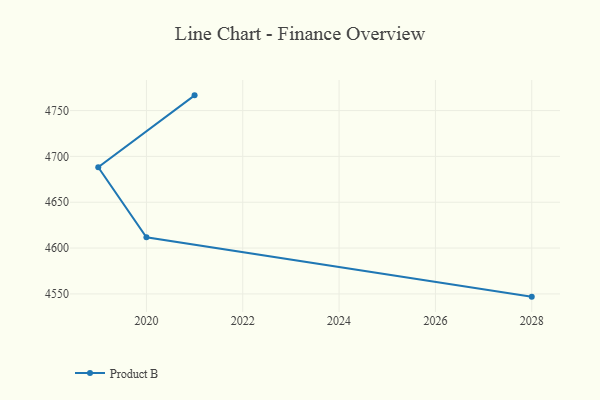
{"axis": {"x": "Year", "y": "Headcount"}, "legend": ["Product B"], "data": [{"x": "2021", "y": 4766.6, "type": "Product B"}, {"x": "2019", "y": 4688.2, "type": "Product B"}, {"x": "2020", "y": 4611.7, "type": "Product B"}, {"x": "2028", "y": 4547.0, "type": "Product B"}]}